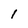
Character: 1